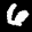
Label: 6